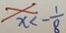
x < - \frac { 1 } { 8 }